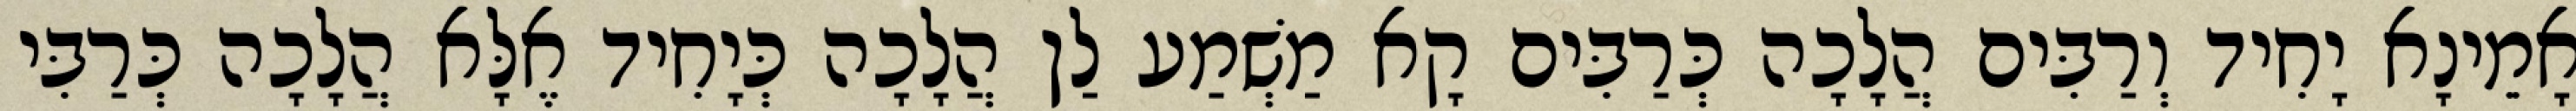
אָמֵינָא יָחִיד וְרַבִּים הֲלָכָה כְּרַבִּים קָא מַשְׁמַע לַן הֲלָכָה כְּיָחִיד אֶלָּא הֲלָכָה כְּרַבִּי